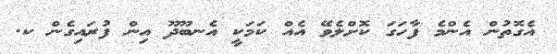
އެގޮތުން އެންމެ ފާހަގަ ކޮށްލެވޭ އެއް ކަމަކީ އެނބޫދޫ އިން ފުރައިގެން ކ.